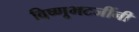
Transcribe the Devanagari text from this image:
विष्णूभटजींनी